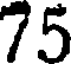
75